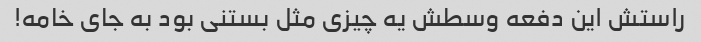
راستش این دفعه وسطش یه چیزی مثل بستنی بود به جای خامه!